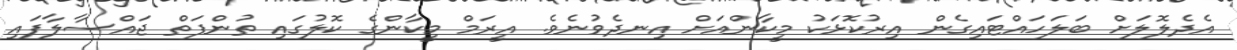
އެދެލޮލަށް ބަލަހައްޓައިގެން އިރުކޮޅަކު މީކާންއަށް އިނދެވުނެވެ. އީރަމް މީކާންގެ ކޮލުގައި ތުންފަތް ޖައްސާލާފައި